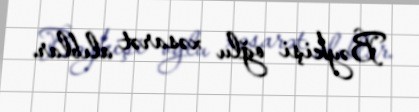
Bəykişi oğlu xəsarət alıblar.